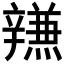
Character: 𰺫